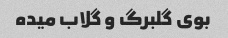
بوی گلبرگ و گلاب میده